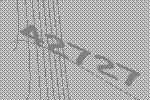
42727